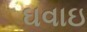
ઘવાઇ